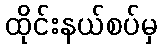
ထိုင်းနယ်စပ်မှ